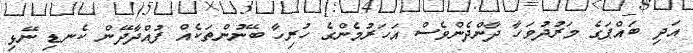
އަދި ބައްޕަގެ މަރުދުވަހާ ދާންދެންވެސް އަހަރުމެންގެ ހުރިހާ ބޭނުންތަކެއް ފުއްދާދޭން ކެނޑި ނޭޅި